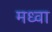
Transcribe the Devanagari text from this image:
मध्वा